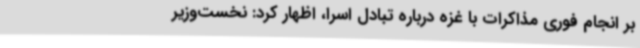
بر انجام فوری مذاکرات با غزه درباره تبادل اسرا، اظهار کرد: نخست‌وزیر